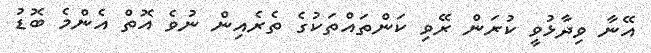
އޭނާ ވިދާޅުވީ ކުރަން ރޭވި ކަންތައްތަކުގެ ތެރެއިން ނުވެ އޮތް އެންމެ ބޮޑު